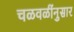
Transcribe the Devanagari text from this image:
चळवळींनुसार